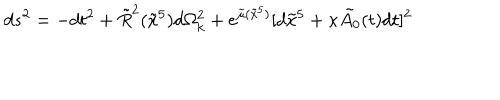
d s ^ { 2 } = - d t ^ { 2 } + \tilde { R } ^ { 2 } ( \tilde { x } ^ { 5 } ) d \Omega _ { k } ^ { 2 } + e ^ { \tilde { \mu } ( \tilde { x } ^ { 5 } ) } [ d \tilde { x } ^ { 5 } + \kappa \tilde { A _ { 0 } } ( t ) d t ] ^ { 2 }